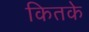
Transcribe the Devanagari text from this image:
कितके